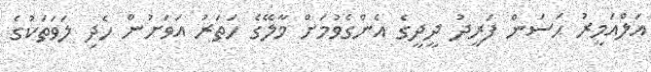
އަލްއަމީރު ޙަސަން ފަރީދު ދީދީގެ އެންގެވުމަށް މާލޭގެ ހަތަރު އަވަށުން ހެދި ލަވަތަކުގެ